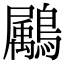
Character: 𪅱